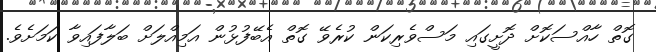
ގޮތް ހާއްސަކޮށް ދޮށީގައި މަސްވެރިކަން ކުރެވޭ ގޮތް އެބޭފުޅުން އަމިއްލަށް ބަލާފައިވާ ކަމަށެވެ.